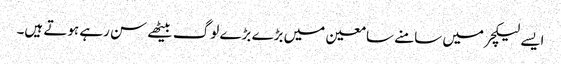
ایسے لیکچر میں سامنے سامعین میں بڑے بڑے لوگ بیٹھے سن رہے ہوتے ہیں۔